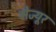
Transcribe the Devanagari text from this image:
मेज्यूर